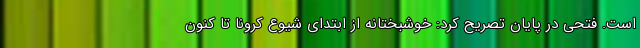
است. فتحی در پایان تصریح کرد: خوشبختانه از ابتدای شیوع کرونا تا کنون